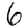
Digit: 6